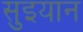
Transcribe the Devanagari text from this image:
सुइयान